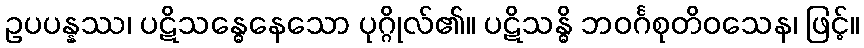
ဥပပန္နဿ၊ ပဋိသန္ဓေနေသော ပုဂ္ဂိုလ်၏။ ပဋိသန္ဓိ ဘဝင်္ဂစုတိဝသေန၊ ဖြင့်။